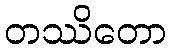
တဿိတော